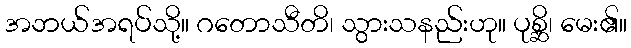
အဘယ်အရပ်သို့။ ဂတောသီတိ၊ သွားသနည်းဟု။ ပုစ္ဆိ၊ မေး၏။